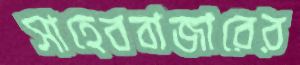
সাহেববাজারের